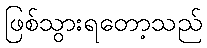
ဖြစ်သွားရတော့သည်